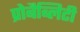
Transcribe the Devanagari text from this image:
प्रोबैब्लिटी